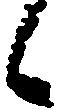
候